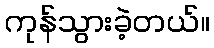
ကုန်သွားခဲ့တယ်။